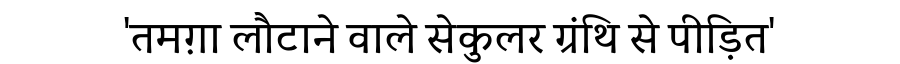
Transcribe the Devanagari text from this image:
'तमग़ा लौटाने वाले सेकुलर ग्रंथि से पीड़ित'